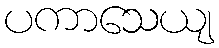
ပကာသေယျ